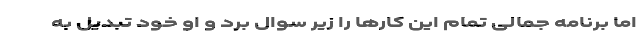
اما برنامه جمالی تمام این کارها را زیر سوال برد و او خود تبدیل به